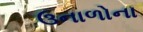
ઉનાળોના